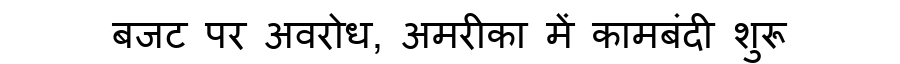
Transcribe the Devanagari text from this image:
बजट पर अवरोध, अमरीका में कामबंदी शुरू